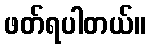
ဖတ်ရပါတယ်။